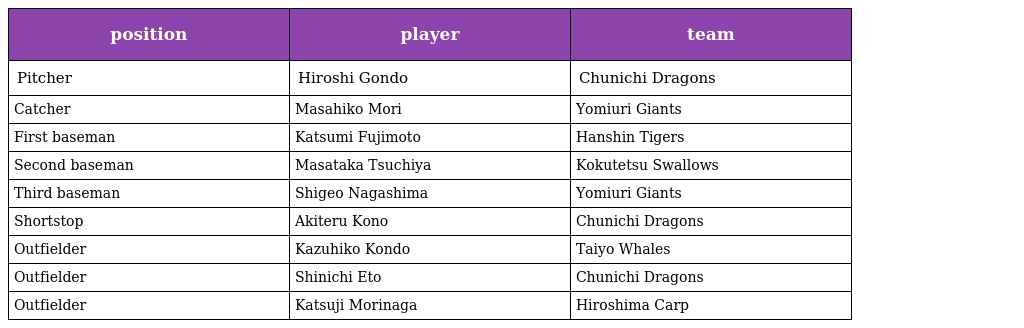
| position | player | team |
 | --- | --- | --- |
 | Pitcher | Hiroshi Gondo | Chunichi Dragons |
 | Catcher | Masahiko Mori | Yomiuri Giants |
 | First baseman | Katsumi Fujimoto | Hanshin Tigers |
 | Second baseman | Masataka Tsuchiya | Kokutetsu Swallows |
 | Third baseman | Shigeo Nagashima | Yomiuri Giants |
 | Shortstop | Akiteru Kono | Chunichi Dragons |
 | Outfielder | Kazuhiko Kondo | Taiyo Whales |
 | Outfielder | Shinichi Eto | Chunichi Dragons |
 | Outfielder | Katsuji Morinaga | Hiroshima Carp |